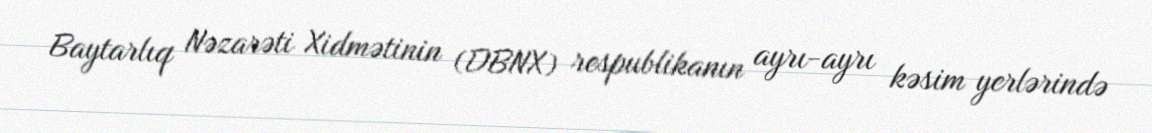
Baytarlıq Nəzarəti Xidmətinin (DBNX) respublikanın ayrı-ayrı kəsim yerlərində